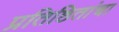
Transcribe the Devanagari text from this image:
प्रतिष्ठितांचा